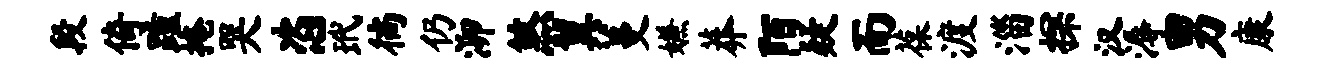
段倚踵掩哭恣玳徜仍泖煞翼蔓嫌莽陌疑而葆渡淄探汉溽男康